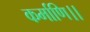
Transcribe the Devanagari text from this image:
कर्माणि।।